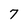
Character: 7